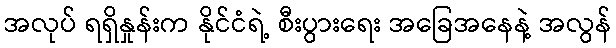
အလုပ် ရရှိနှုန်းက နိုင်ငံရဲ့ စီးပွားရေး အခြေအနေနဲ့ အလွန်